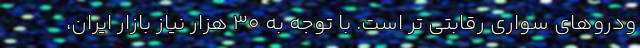
ودروهای سواری رقابتی تر است. با توجه به ۳۰ هزار نیاز بازار ایران،